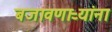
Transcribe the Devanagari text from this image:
बजावणाऱ्यांना